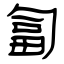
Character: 匐